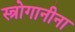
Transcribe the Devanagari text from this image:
स्त्रोगानीना